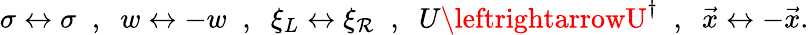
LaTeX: \sigma\leftrightarrow\sigma\; \; ,\; \; w\leftrightarrow-w\; \; ,\; \; \xi_{L}\leftrightarrow\xi_{\mathcal{R}}\; \; ,\; \; U\leftrightarrowU^{\dagger}\; \; ,\; \; \vec{{x}}\leftrightarrow-\vec{{x}}.